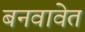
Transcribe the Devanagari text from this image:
बनवावेत